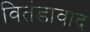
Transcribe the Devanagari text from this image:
वितंडावाद